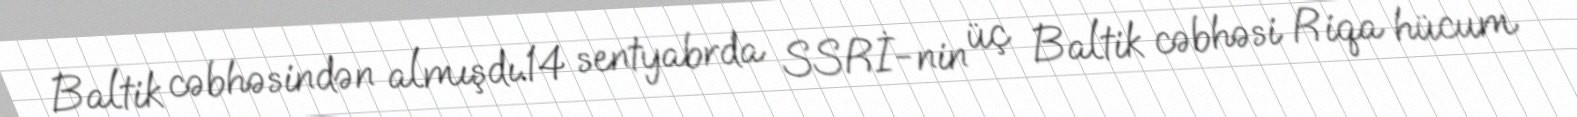
Baltik cəbhəsindən almışdı.14 sentyabrda SSRİ-nin üç Baltik cəbhəsi Riqa hücum